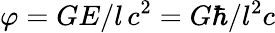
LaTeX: \varphi=GE/l\, c^{2}=G\hbar/l^{2}c